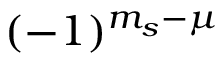
( - 1 ) ^ { m _ { s } - \mu }